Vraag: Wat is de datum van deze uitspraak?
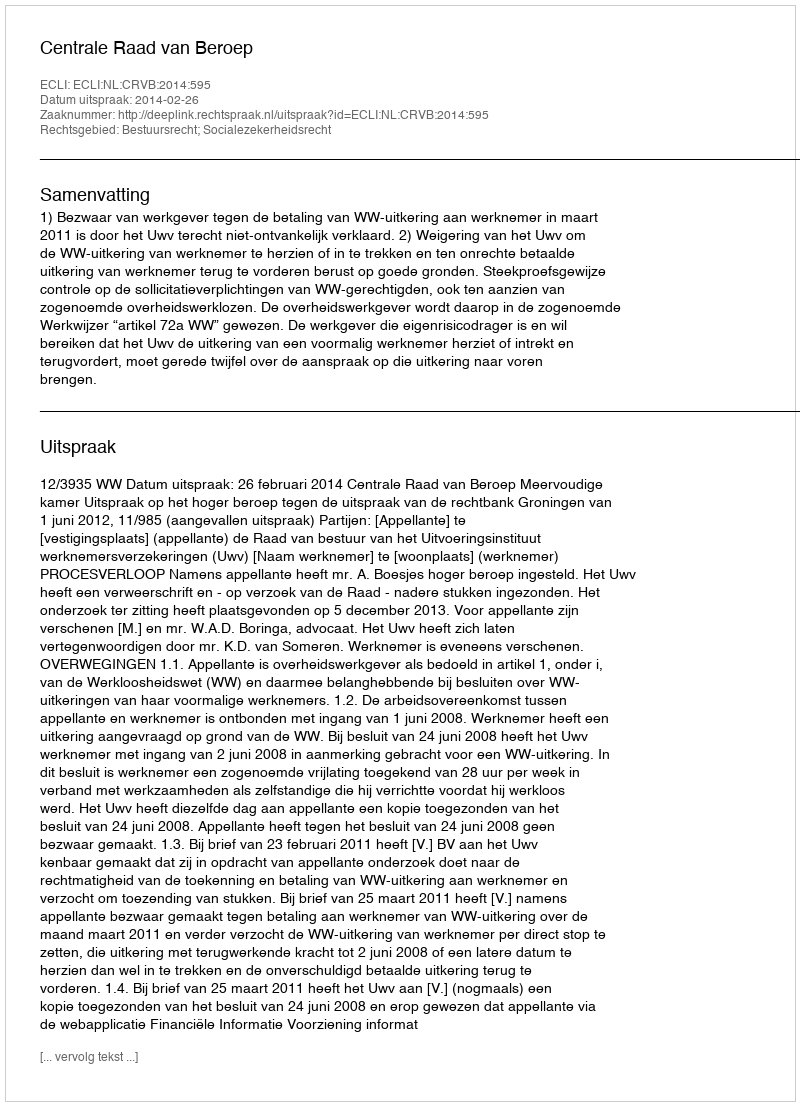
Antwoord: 2014-02-26